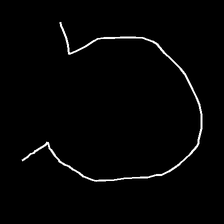
Glyph: weave